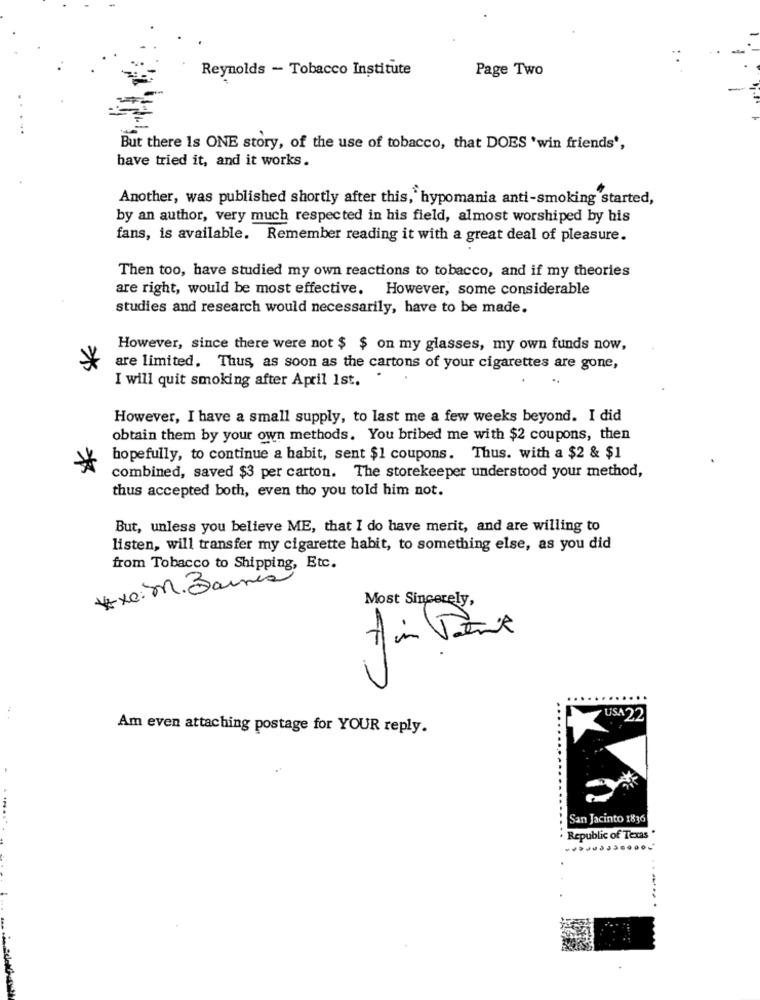
Reynolds - Tobacco Institute
Page Two
But there Is ONE story, of the use of tobacco, that DOES 'win friends',
have tried it, and it works.
Another, was published shortly after this, hypomania anti-smoking started,
by an author, very much respected in his field, almost worshiped by his
fans, is available. Remember reading it with a great deal of pleasure.
Then too, have studied my own reactions to tobacco, and if my theories
are right, would be most effective. However, some considerable
studies and research would necessarily, have to be made.
However, since there were not $ $ on my glasses, my own funds now,
are limited. Thus, as soon as the cartons of your cigarettes are gone,
I will quit smoking after April 1st.
However, I have a small supply, to last me a few weeks beyond. I did
obtain them by your own methods. You bribed me with $2 coupons, then
hopefully, to continue a habit, sent $1 coupons. Thus. with a $2 & $1
combined, saved $3 per carton. The storekeeper understood your method,
thus accepted both, even tho you told him not.
But, unless you believe ME, that I do have merit, and are willing to
listen, will transfer my cigarette habit, to something else, as you did
from Tobacco to Shipping, Etc.
#xe: M.Barrie
Most Sincerely,
F3
USA 22
Am even attaching postage for YOUR reply.
San Jacinto 1836
Republic of Texas "